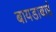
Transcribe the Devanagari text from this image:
बायडाबाई